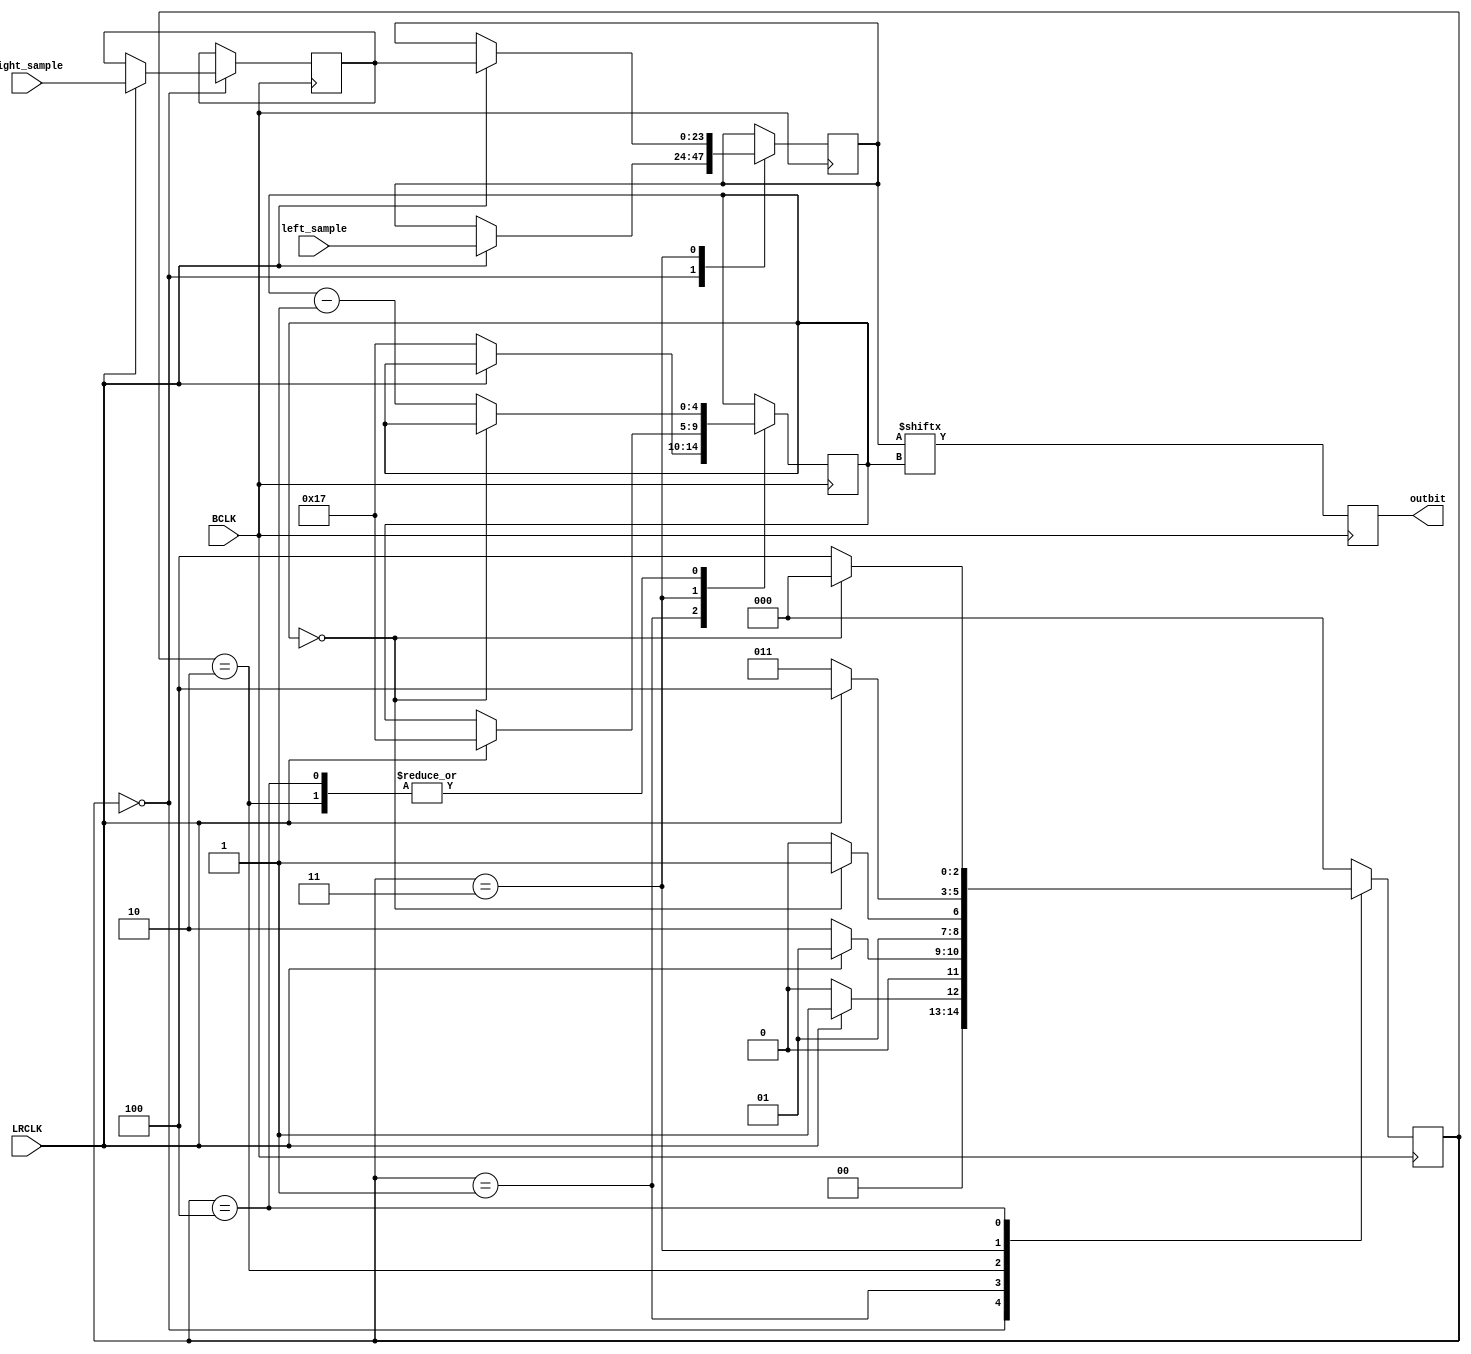
// Copyright Phil Harman VK6APH and Bill Tracey  KD5TFD 2006, 2007 
// 
// Implements I2S Encoder, 24 bits, two channels.
// 
// 
// In I2S mode the MSB of the left sample is available on the second rising edge of BCLK
// following a falling  edge on LRCLK.  Simiarily the MSB of the right sample will be available on 
// the second rising edge of BCLK following the rising edge of LRCLK.

// NOTE: the data to send is latched on the positive edge of LRCLK

module I2SEncode(LRCLK, BCLK, left_sample, right_sample, outbit); 

input LRCLK;             		// left/right clock 
input BCLK;              		// bit clock 
// left and right samples are clocked into the module @ rising edge or LRCLK 
input [23:0] left_sample;     	// data to be clocked out 
input [23:0] right_sample;    	// right input to be clocked out 
output outbit;           		// output bit 

reg outbit;       				// current bit being clocked out 
reg [23:0] data; 				// data to be  clocked out 
reg [23:0] local_right_sample; 	// local copy of right sample 
reg [4:0] bit_count;     		// how many bits clocked, must preset to MSB 
reg [2:0]encode_state;

always @(posedge BCLK)
begin
case(encode_state)
0:	begin
	if (!LRCLK)encode_state <= 0;					// loop until LRCLK is high
	else begin
		encode_state <= 1;
		data <= left_sample;						// get local copy of data since
		local_right_sample <=  right_sample;		// it will change part way through otherwise
		end
	end
1:	if (LRCLK)encode_state <= 1;						// loop until LRCLK is low
	else begin
	bit_count <= 23;
	encode_state <= 2;
	end
2:	begin
		if (bit_count == 0)	encode_state <= 3; 
		else begin
		bit_count <= bit_count - 1'b1;
		encode_state <= 2;  
		end
	end
3:	if (!LRCLK)encode_state <= 3; 					// loop until LRCLK is high
	else begin
	bit_count <= 23;
	data <= local_right_sample;
	encode_state <= 4;
	end
4:	begin
		if (bit_count == 0)	encode_state <= 0; 		// done so start again
		else begin
		bit_count <= bit_count - 1'b1;
		encode_state <= 4;
		end					
	end 
default: encode_state <= 0;
endcase
end

// the I2S data must be available on the 2nd postive edge of bclk after the clrclk transition

always @ (negedge BCLK)
begin
	outbit <= data[bit_count];
end 


endmodule